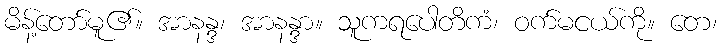
မိန့်တော်မူ၏။ အာနန္ဒ၊ အာနန္ဒာ။ သူကရပေါတိကံ၊ ဝက်မငယ်ကို။ တေ၊